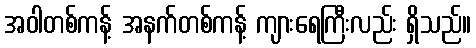
အဝါတစ်ကန့် အနက်တစ်ကန့် ကျားရေကြီးလည်း ရှိသည်။